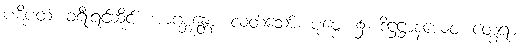
ပဋိပထံ၊ ခရီးရင်ဆိုင်။ အာဂစ္ဆန္တော၊ လတ်သော်။ ပုဗ္ဗေ၊ ၌။ ဒိဋ္ဌဋ္ဌာနယေဝ၊ တွေ့ရာ